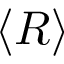
\langle R \rangle